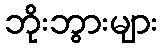
ဘိုးဘွားများ